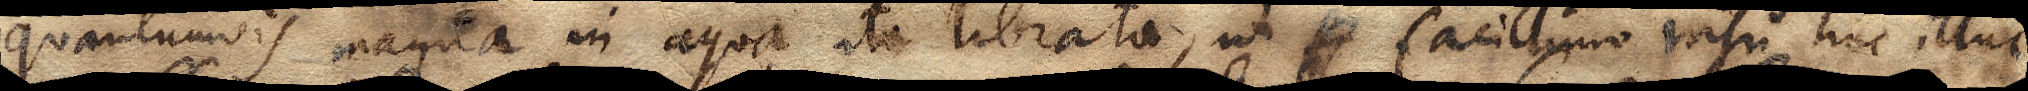
quantumvis magna, in aqua ita librata, ut xx facillimo nisu huc illuc